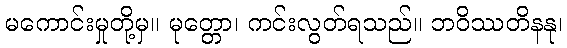
မကောင်းမှုတို့မှ။ မုတ္တော၊ ကင်းလွတ်ရသည်။ ဘဝိဿတိနနု၊